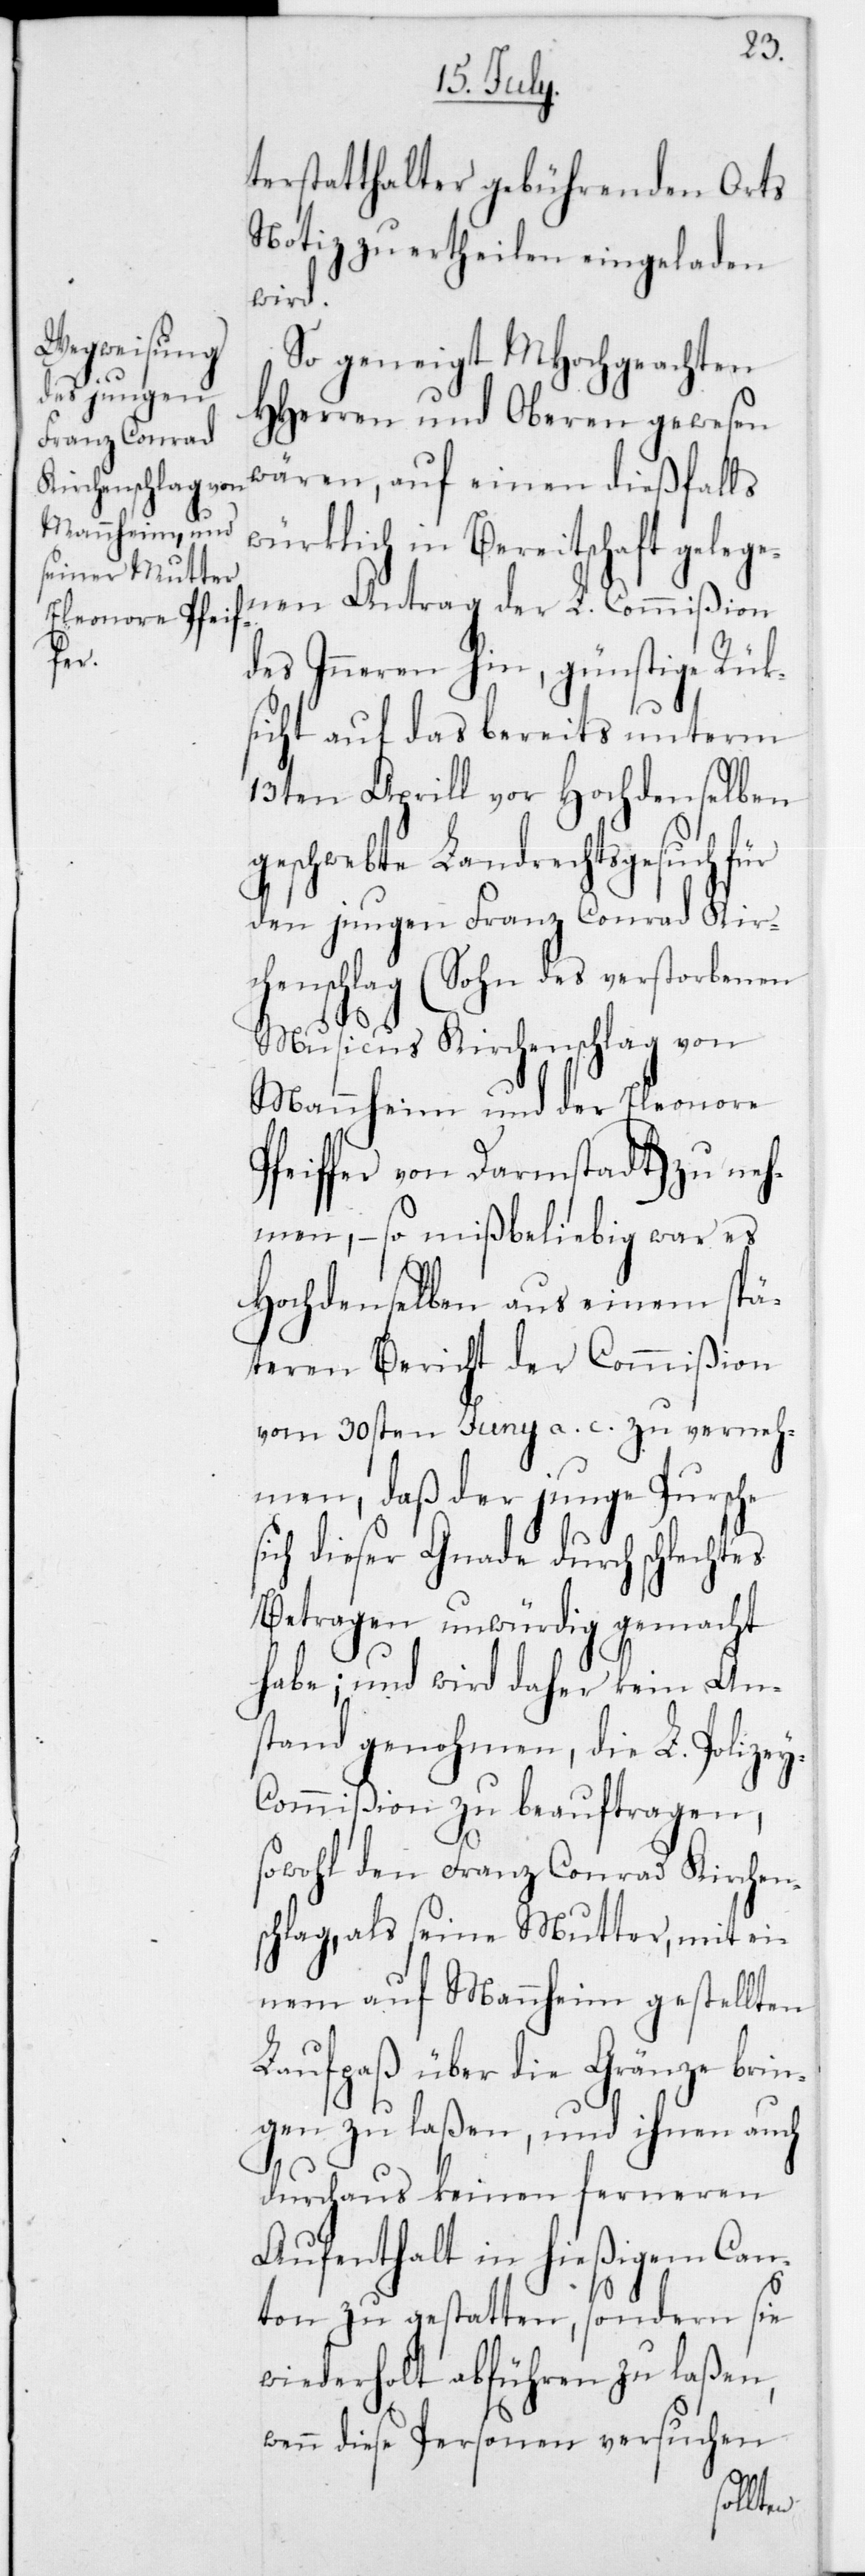
y-C¬

terstatthalter gebührenden Orts
Notiz zu ertheilen eingeladen
wird.
So geneigt MHochgeachte
HHerren und Oberen gewesen
wären, auf einen dießfalls
würklich in Bereitschaft gelege¬
nen Antrag der L. Commißion
des Inneren hin, günstige Rük¬
sicht auf das bereits unterm
13ten Aprill vor Hochdenselben
geschwebte Landrechtsgesuch für
den jungen Franz Conrad Kir¬
chenschlag (Sohn des verstorbenen
Musicus Kirchenschlag von
Mannheim und der Eleonore
Pfeiffer von Darmstadt) zu neh¬
men, – so mißbeliebig war es
Hochdenselben aus einem spä¬
teren Bericht der Commißion
vom 30sten Juni a. c. zu verneh¬
men, daß der junge Bursche
sich dieser Gnade durch schlechtes
Betragen unwürdig gemacht
habe; und wird daher kein An¬
stand genohmen, die L. Polize¬
ommißion zu beauftragen,
sowohl den Franz Conrad Kirchen¬
schlag, als seine Mutter, mit ei¬
nem auf Mannheim gestellten
Laufpaß über die Gränze brin¬
gen zu laßen, und ihnen auch
durchaus keinen ferneren
Aufenthalt in hießigem Can¬
ton zu gestatten, sondern sie
wiederholt abführen zu laßen;
wenn diese Personen versuchen